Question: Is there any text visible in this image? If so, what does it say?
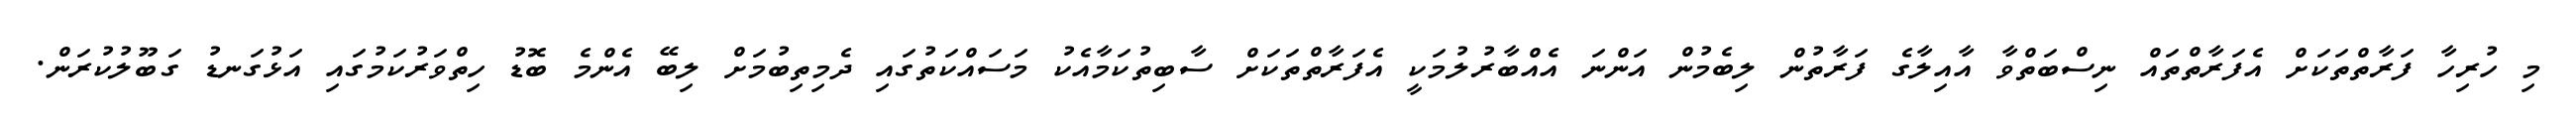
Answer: މި ހުރިހާ ފަރާތްތަކަށް އެފަރާތްތައް ނިސްބަތްވާ އާއިލާގެ ފަރާތުން ލިބެމުން އަންނަ އެއްބާރުލުމަކީ އެފަރާތްތަކަށް ސާބިތުކަމާއެކު މަސައްކަތުގައި ދެމިތިބުމަށް ލިބޭ އެންމެ ބޮޑު ހިތްވަރުކަމުގައި އަޅުގަނޑު ގަބޫލުކުރަން.